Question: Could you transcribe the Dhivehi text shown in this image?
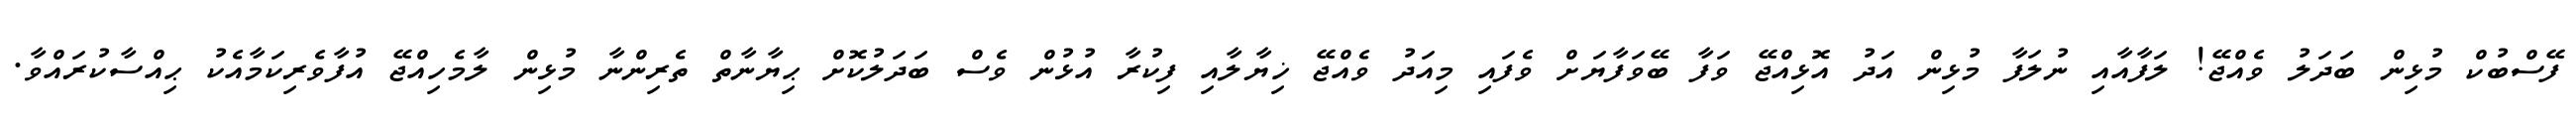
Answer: ފޭސްބުކް މުޅިން ބަދަލު ވެއްޖޭ! ލަފާއާއި ނުލަފާ މުޅިން އަދު އޮޅިއްޖޭ ވަފާ ބޭވަފާޔަށް ވެފައި މިއަދު ވެއްޖޭ ޚިޔާލާއި ފިކުރާ އުޅުން ވެސް ބަދަލުކޮށް ޙިޔާނާތް ތެރިންނާ މުޅިން ލާމެހިއްޖޭ އުފާވެރިކަމާއެކު ޙިއްސާކުރައްވާ.